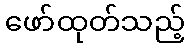
ဖော်ထုတ်သည့်